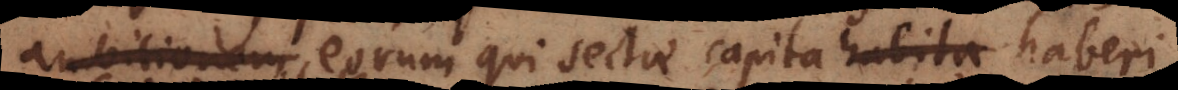
ambitionem eorum qui sectae capita habita haberi